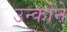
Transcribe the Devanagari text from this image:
उन्कोने